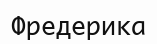
Фредерика